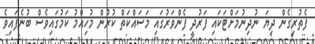
ފެތުރިގެން ދިޔަ ނުދިނުމަށްޓަކައި ފަރުދީ ފެންވަރުގައި މަސައްކަތް ކުރުން މުހިއްމު ކަމުގައިވެސް ބުނެފައިވެ